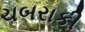
ચબરાકી